Report of veterinary surgeon J.H. Steel, A.V.D., on his investigation into an obscure and fatal disease among transport mules in British Burma
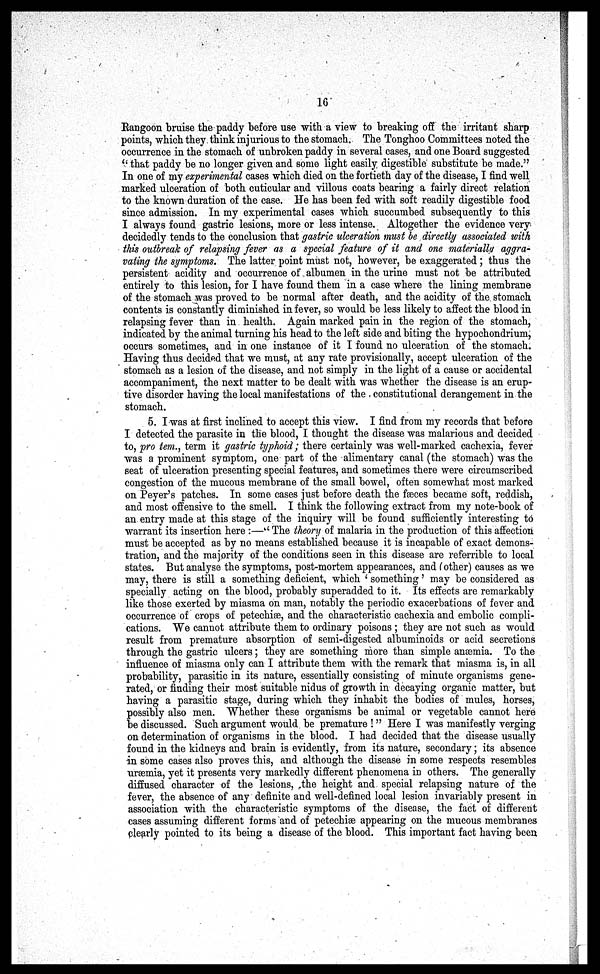
16
Rangoon bruise the paddy before use with a view to breaking off the irritant sharp
points, which they think injurious to the stomach. The Tonghoo Committees noted the
occurrence in the stomach of unbroken paddy in several cases, and one Board suggested
" that paddy be no longer given and some light easily digestible substitute be made.''
In one of my experimental cases which died on the fortieth day of the disease, I find well
marked ulceration of both cuticular and villous coats bearing a fairly direct relation
to the known duration of the case. He has been fed with soft readily digestible food
since admission. In my experimental cases which succumbed subsequently to this
I always found gastric lesions, more or less intense. Altogether the evidence very
decidedly tends to the conclusion that gastric ulceration must be directly associated with
this outbreak of relapsing fever as a special feature of it and one materially aggra-
vating the symptoms. The latter point must not, however, be exaggerated; thus the
persistent acidity and occurrence of albumen in the urine must not be attributed
entirely to this lesion, for I have found them in a case where the lining membrane
of the stomach was proved to be normal after death, and the acidity of the stomach
contents is constantly diminished in fever, so would be less likely to affect the blood in
relapsing fever than in. health. Again marked pain in the region of the stomach,
indicated by the animal turning his head to the left side and biting the hypochondrium,
occurs sometimes, and in one instance of it I found no ulceration of the stomach.
Having thus decided that we must, at any rate provisionally, accept ulceration of the
stomach as a lesion of the disease, and not simply in the light of a cause or accidental
accompaniment, the next matter to be dealt with was whether the disease is an erup-
tive disorder having the local manifestations of the constitutional derangement in the
stomach.
5. I was at first inclined to accept this view. I find from my records that before
I detected the parasite in the blood, I thought the disease was malarious and decided
to, pro tern., term it gastric typhoid; there certainly was well-marked cachexia, fever
was a prominent symptom, one part of the alimentary canal (the stomach) was the
seat of ulceration presenting special features, and sometimes there were circumscribed
congestion of the mucous membrane of the small bowel, often somewhat most marked
on Peyer's patches. In some cases just before death the fæces became soft, reddish,
and most offensive to the smell. I think the following extract from my note-book of
an. entry made at this stage of the inquiry will be found sufficiently interesting to
warrant its insertion here :—" The theory of malaria in the production of this affection
must be accepted as by no means established because it is incapable of exact demons-
tration, and the majority of the conditions seen in this disease are referrible to local
states. But analyse the symptoms, post-mortem appearances, and (other) causes as we
may, there is still a something deficient, which ' something' may be considered as
specially acting on the blood, probably superadded to it. Its effects are remarkably
like those exerted by miasma on man, notably the periodic exacerbations of fever and
occurrence of crops of petechias, and the characteristic cachexia and embolic compli-
cations. We cannot attribute them to ordinary poisons ; they are not such as would
result from premature absorption of semi-digested albuminoids or acid secretions
through the gastric ulcers; they are something more than simple anaemia. To the
influence of miasma only can I attribute them with the remark that miasma is, in all
probability, parasitic in its nature, essentially consisting of minute organisms gene-
rated, or finding their most suitable nidus of growth in decaying organic matter, but
having a parasitic stage, during which they inhabit the bodies of mules, horses,
possibly also men. Whether these organisms be animal or vegetable cannot here
be discussed. Such argument would be premature !" Here I was manifestly verging
on determination of organisms in the blood. I had decided that the disease usually
found in the kidneys and brain is evidently, from its nature, secondary; its absence
in some cases also proves this, and although the disease in some respects resembles
uraemia, yet it presents very markedly different phenomena in others. The generally
diffused character of the lesions, the height and special relapsing nature of the
fever, the absence of any definite and well-defined local lesion invariably present in
association with the characteristic symptoms of the disease, the fact of different
cases assuming different forms and of petechias appearing on the mucous membranes
clearly pointed to its being a disease of the blood. This important fact having been